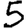
Digit: 5